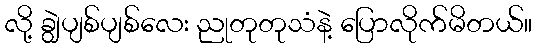
လို့ ချွဲပျစ်ပျစ်လေး ညုတုတုသံနဲ့ ပြောလိုက်မိတယ်။